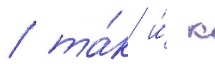
/ та́к и́ к